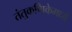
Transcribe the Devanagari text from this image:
तंतुकणिकेमध्ये